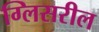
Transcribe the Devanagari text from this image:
ग्लिसरील